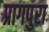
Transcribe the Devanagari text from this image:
प्रागपुरा